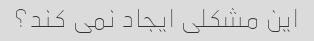
این مشکلی ایجاد نمی کند؟